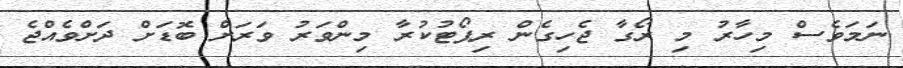
ނަމަވެސް މިހާރު މި ރޯގާ ޖެހިގެން ރިޕޯޓުކުރާ މިންވަރު ވަރަށް ބޮޑަށް ދަށްވެއްޖެ